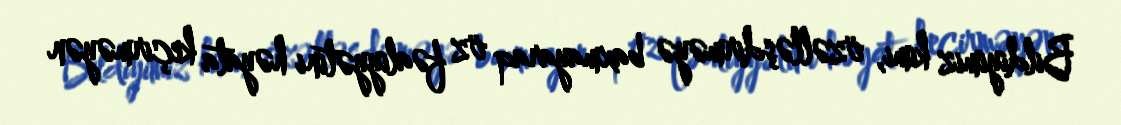
Bildiyimiz kimi, özəlləşdirməyə baxmayaraq öz fəaliyyətini həyata keçirməyən